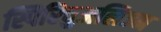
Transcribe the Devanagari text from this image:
स्पिरिचुअलिज्म